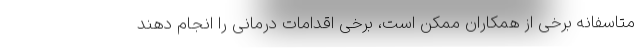
متاسفانه برخی از همکاران ممکن است، برخی اقدامات درمانی را انجام دهند